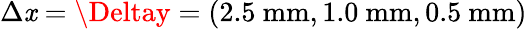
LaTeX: \Delta\mathit{x}=\Deltay=(2.5\ \mathrm{{mm}},1.0\ \mathrm{{mm}},0.5\ \mathrm{{mm}})